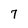
Character: 7